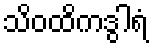
သိဝထိကဒွါရံ